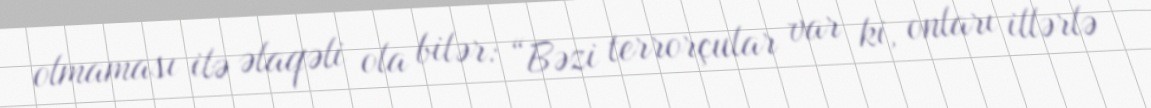
olmaması ilə əlaqəli ola bilər: “Bəzi terrorçular var ki, onları illərlə